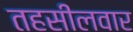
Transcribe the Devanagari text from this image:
तहसीलवार